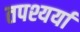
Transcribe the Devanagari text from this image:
तपश्यर्या